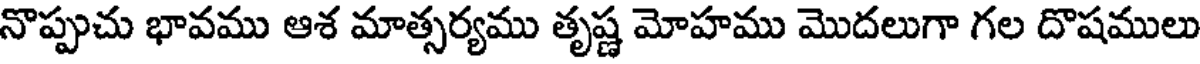
నొప్పుచు భావము ఆశ మాత్సర్యము తృష్ణ మోహము మొదలుగా గల దొషములు